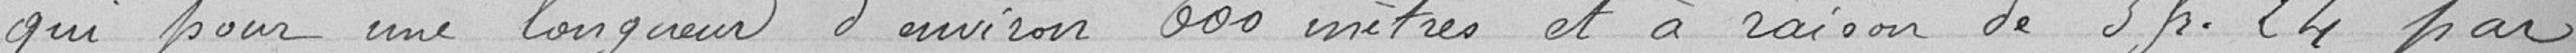
qui pour une longueur d'environ 600 mètres et à raison de 3 francs 24 par